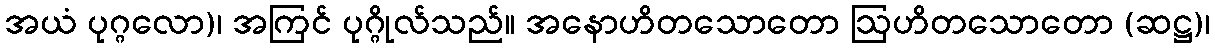
အယံ ပုဂ္ဂလော)၊ အကြင် ပုဂ္ဂိုလ်သည်။ အနောဟိတသောတော ဩဟိတသောတော (ဆဋ္ဌ)၊